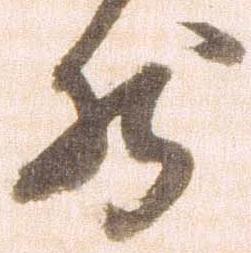
然